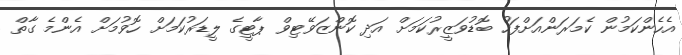
އެހެންކަމުން ކެމަރަންއަށްފަހު ބޮޑުވަޒީރުކަމަށް އަދި ކޮންޒަވޭޓިވް ޕާޓީގެ ލީޑަރުކަމަށް ހޮވުމަށް އެންމެ ގާތް